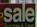
sale